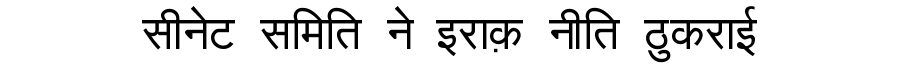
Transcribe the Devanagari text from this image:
सीनेट समिति ने इराक़ नीति ठुकराई